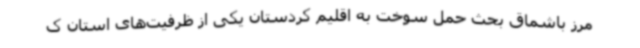
مرز باشماق بحث حمل سوخت به اقلیم کردستان یکی از ظرفیت‌های استان ک